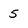
Character: 5